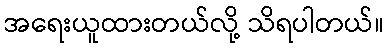
အရေးယူထားတယ်လို့ သိရပါတယ်။